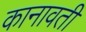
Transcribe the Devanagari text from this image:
कानावती